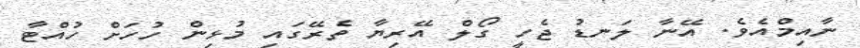
ނާއިމްއެވެ. އޭނާ ލަނޑު ޖެހީ ގޯލް އޭރިޔާ ތެރޭގައި މުޅިން ހުހަށް ހުއްޓާ